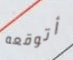
أتوقعه